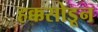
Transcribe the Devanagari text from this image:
हक्कसोडून